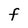
Character: F